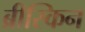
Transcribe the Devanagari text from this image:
ब्रीस्किन